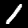
Digit: 1